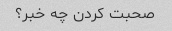
صحبت کردن چه خبر؟